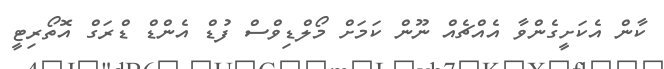
ކާން އެކަށީގެންވާ އެއްޗެއް ނޫން ކަމަށް މޯލްޑިވްސް ފުޑް އެންޑް ޑްރަގް އޮތޯރިޓީ